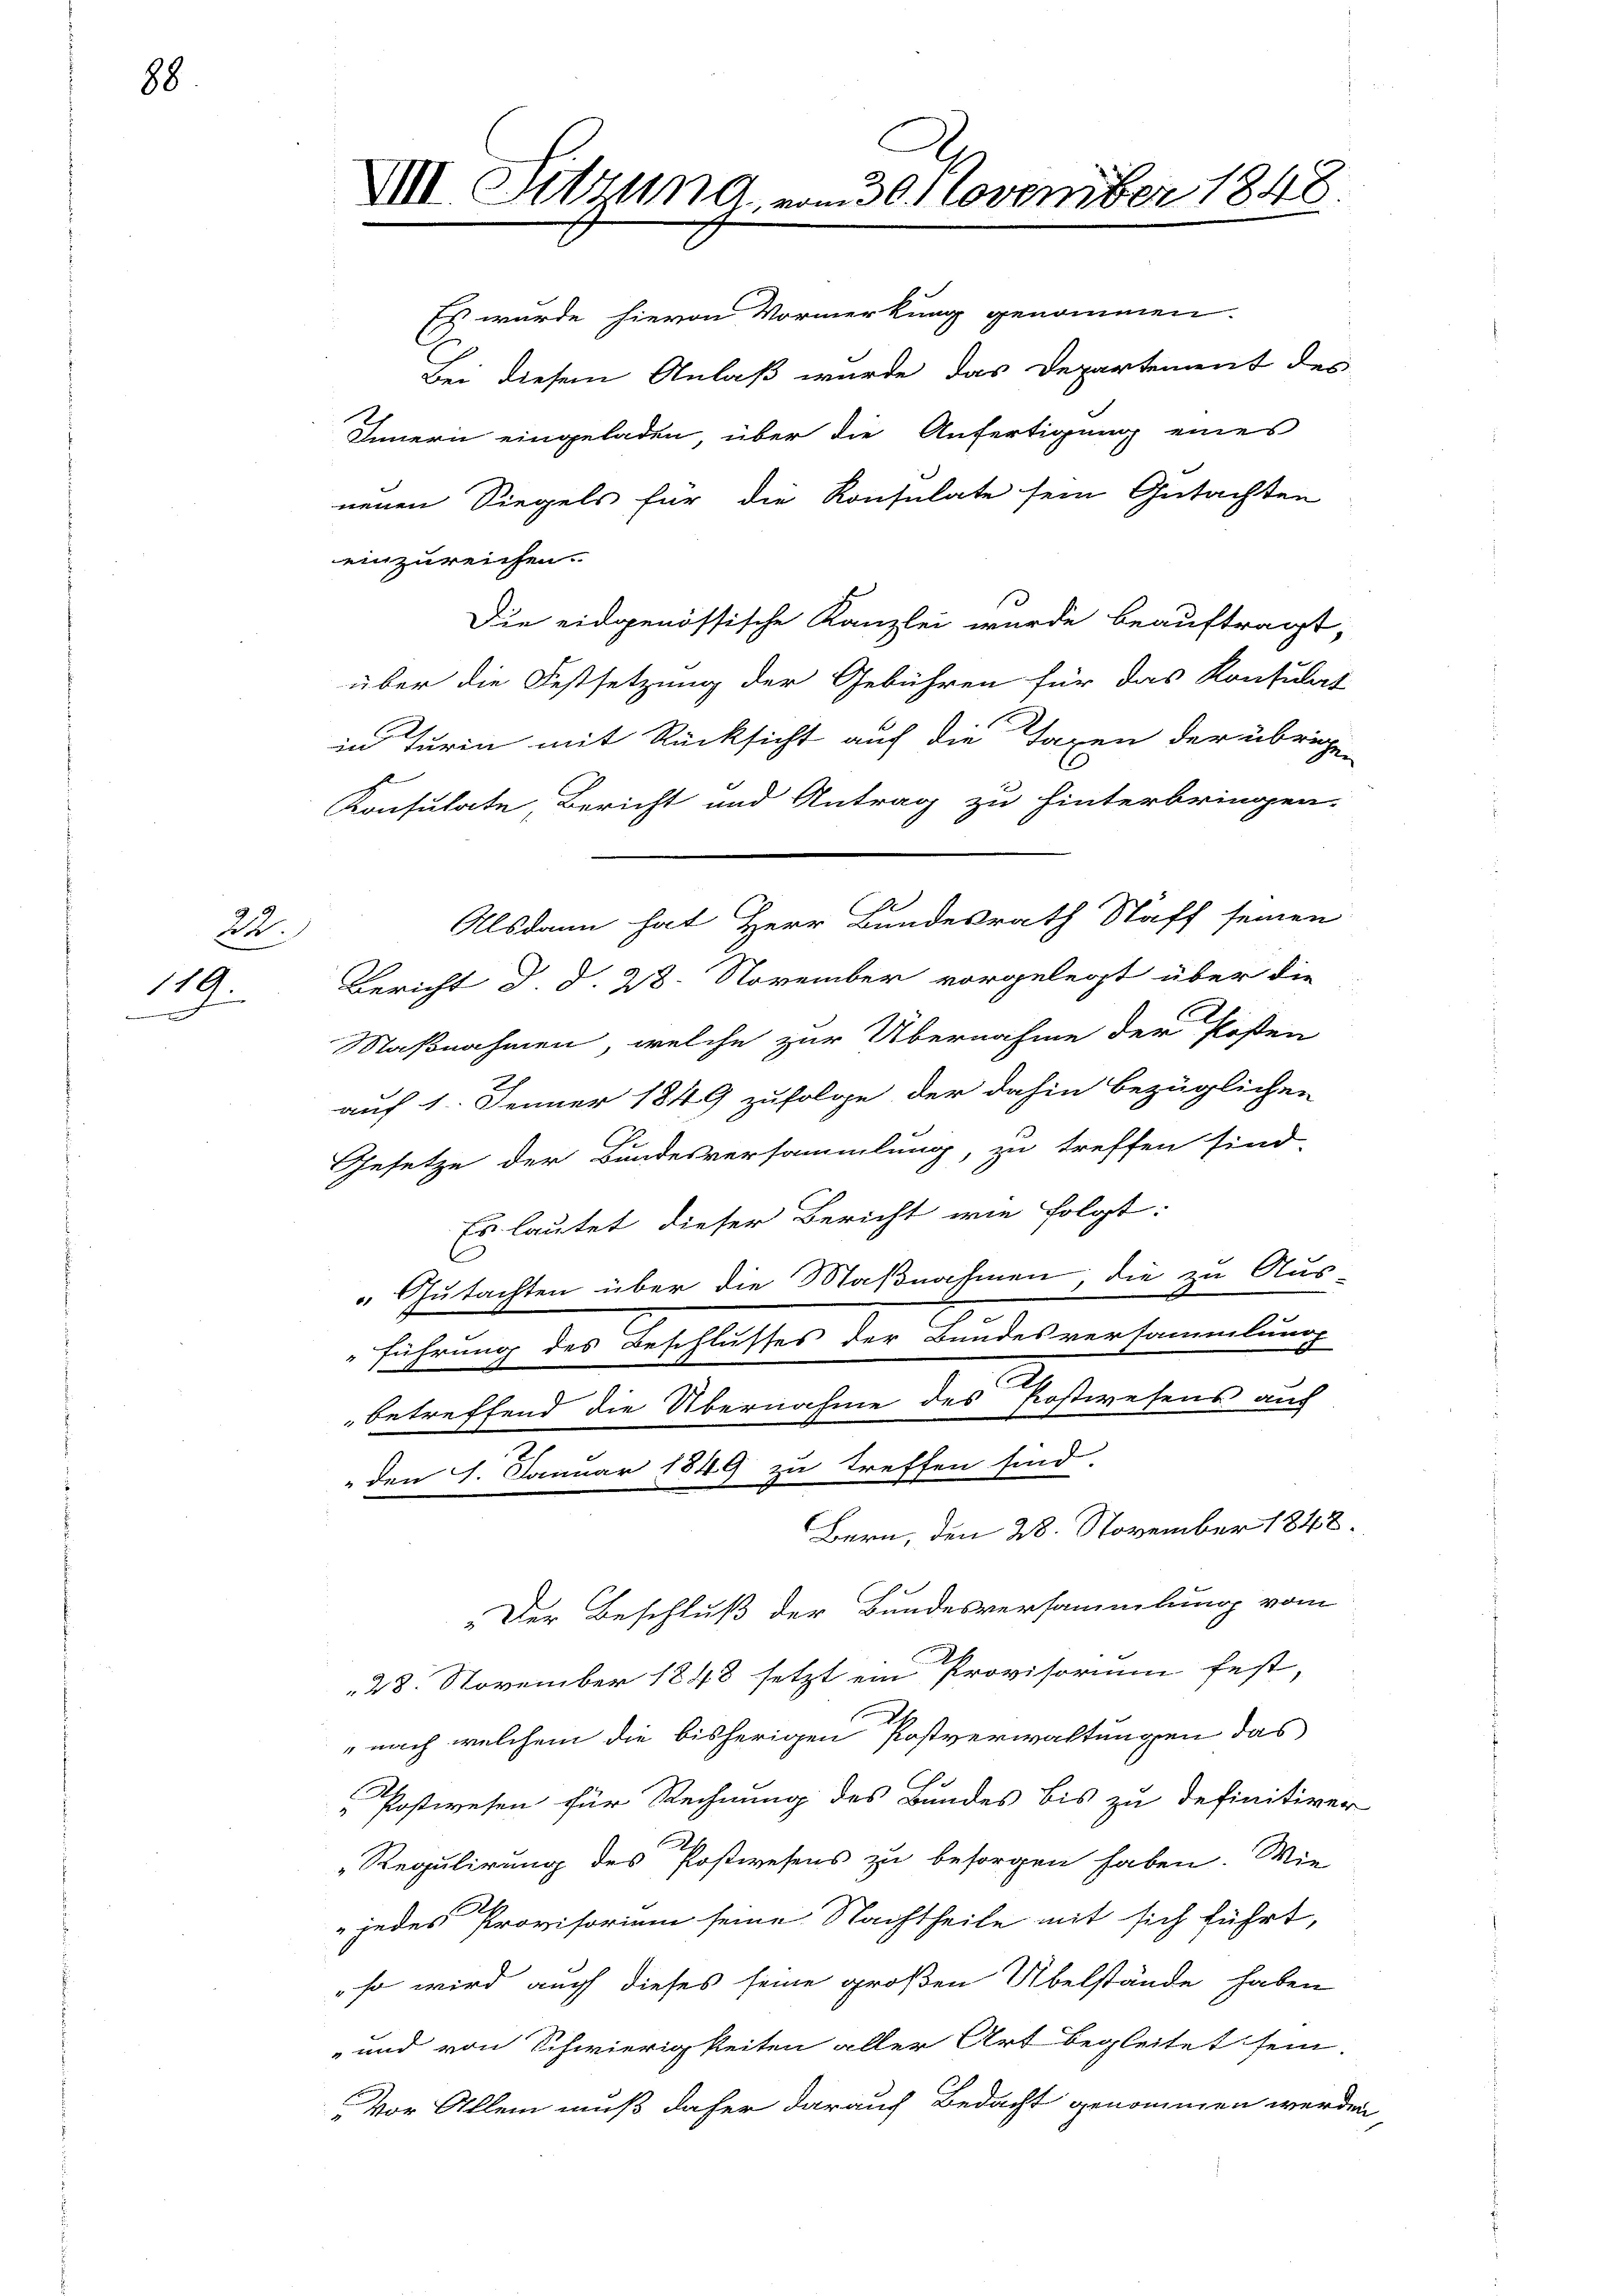
88

22.
119.
.

Es wurde hievon Vormerkung genommen.
Bei diesem Anlaß wurde das Departement des
einzureichen.
Die eidgenössische Kanzlei wurde beauftragt,
über die Festsetzung der Gebühren für das Konsulat
in Turin mit Rücksicht auf die Taxen der übrigen
Konsulate, Bericht und Antrag zu hinterbringen.
Bericht d. d. 28. November vorgelegt über die
Maßnahmen, welche zur Übernahme der Posten
auf 1. Jenner 1849 zufolge, der dahin bezüglichen
Gesetze der Bundesversammlung, zu treffen sind.
Es lautet dieser Bericht wie folgt:
" Gutachten über die Maßnahmen, die zu Aus-
n
führung des Beschlusses der Bundesversammlung
2
betreffend die Übernahme des Postwesens auch
" den 1. Januar 1849 zu treffen sind.
Bern, den 28. November 1848
" Der Beschluß der Bundesversammlung vom
28. November 1848 setzt ein Provisorium fest,
" nach welchem die bisherigen Postverwaltungen das
Postwesen für Rechnung des Bundes bis zu definitiver
Regulirung des Postwesens zu besorgen haben. Wie
 jedes Provisorium seine Nachtheile mit sich führt,
" so wird auch dieses seine großen Übelstände haben
und von Schwierigkeiten aller Art begleitet sein.
Vor Allem muß daher darauf Bedacht genommen werden

VIII. Sitzung, vom 30. November 1848

Innern eingeladen, über die Anfertigung eines
neuen Siegels für die Konsulate sein Gutachten

A
Alsdann hat Herr Bundesrath Staff seinen